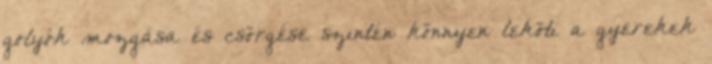
golyók mozgása és csörgése szintén könnyen leköti a gyerekek